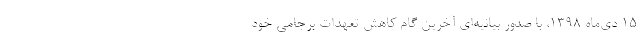
۱۵ دی‌ماه ۱۳۹۸، با صدور بیانیه‌ای آخرین گام کاهش تعهدات برجامی خود